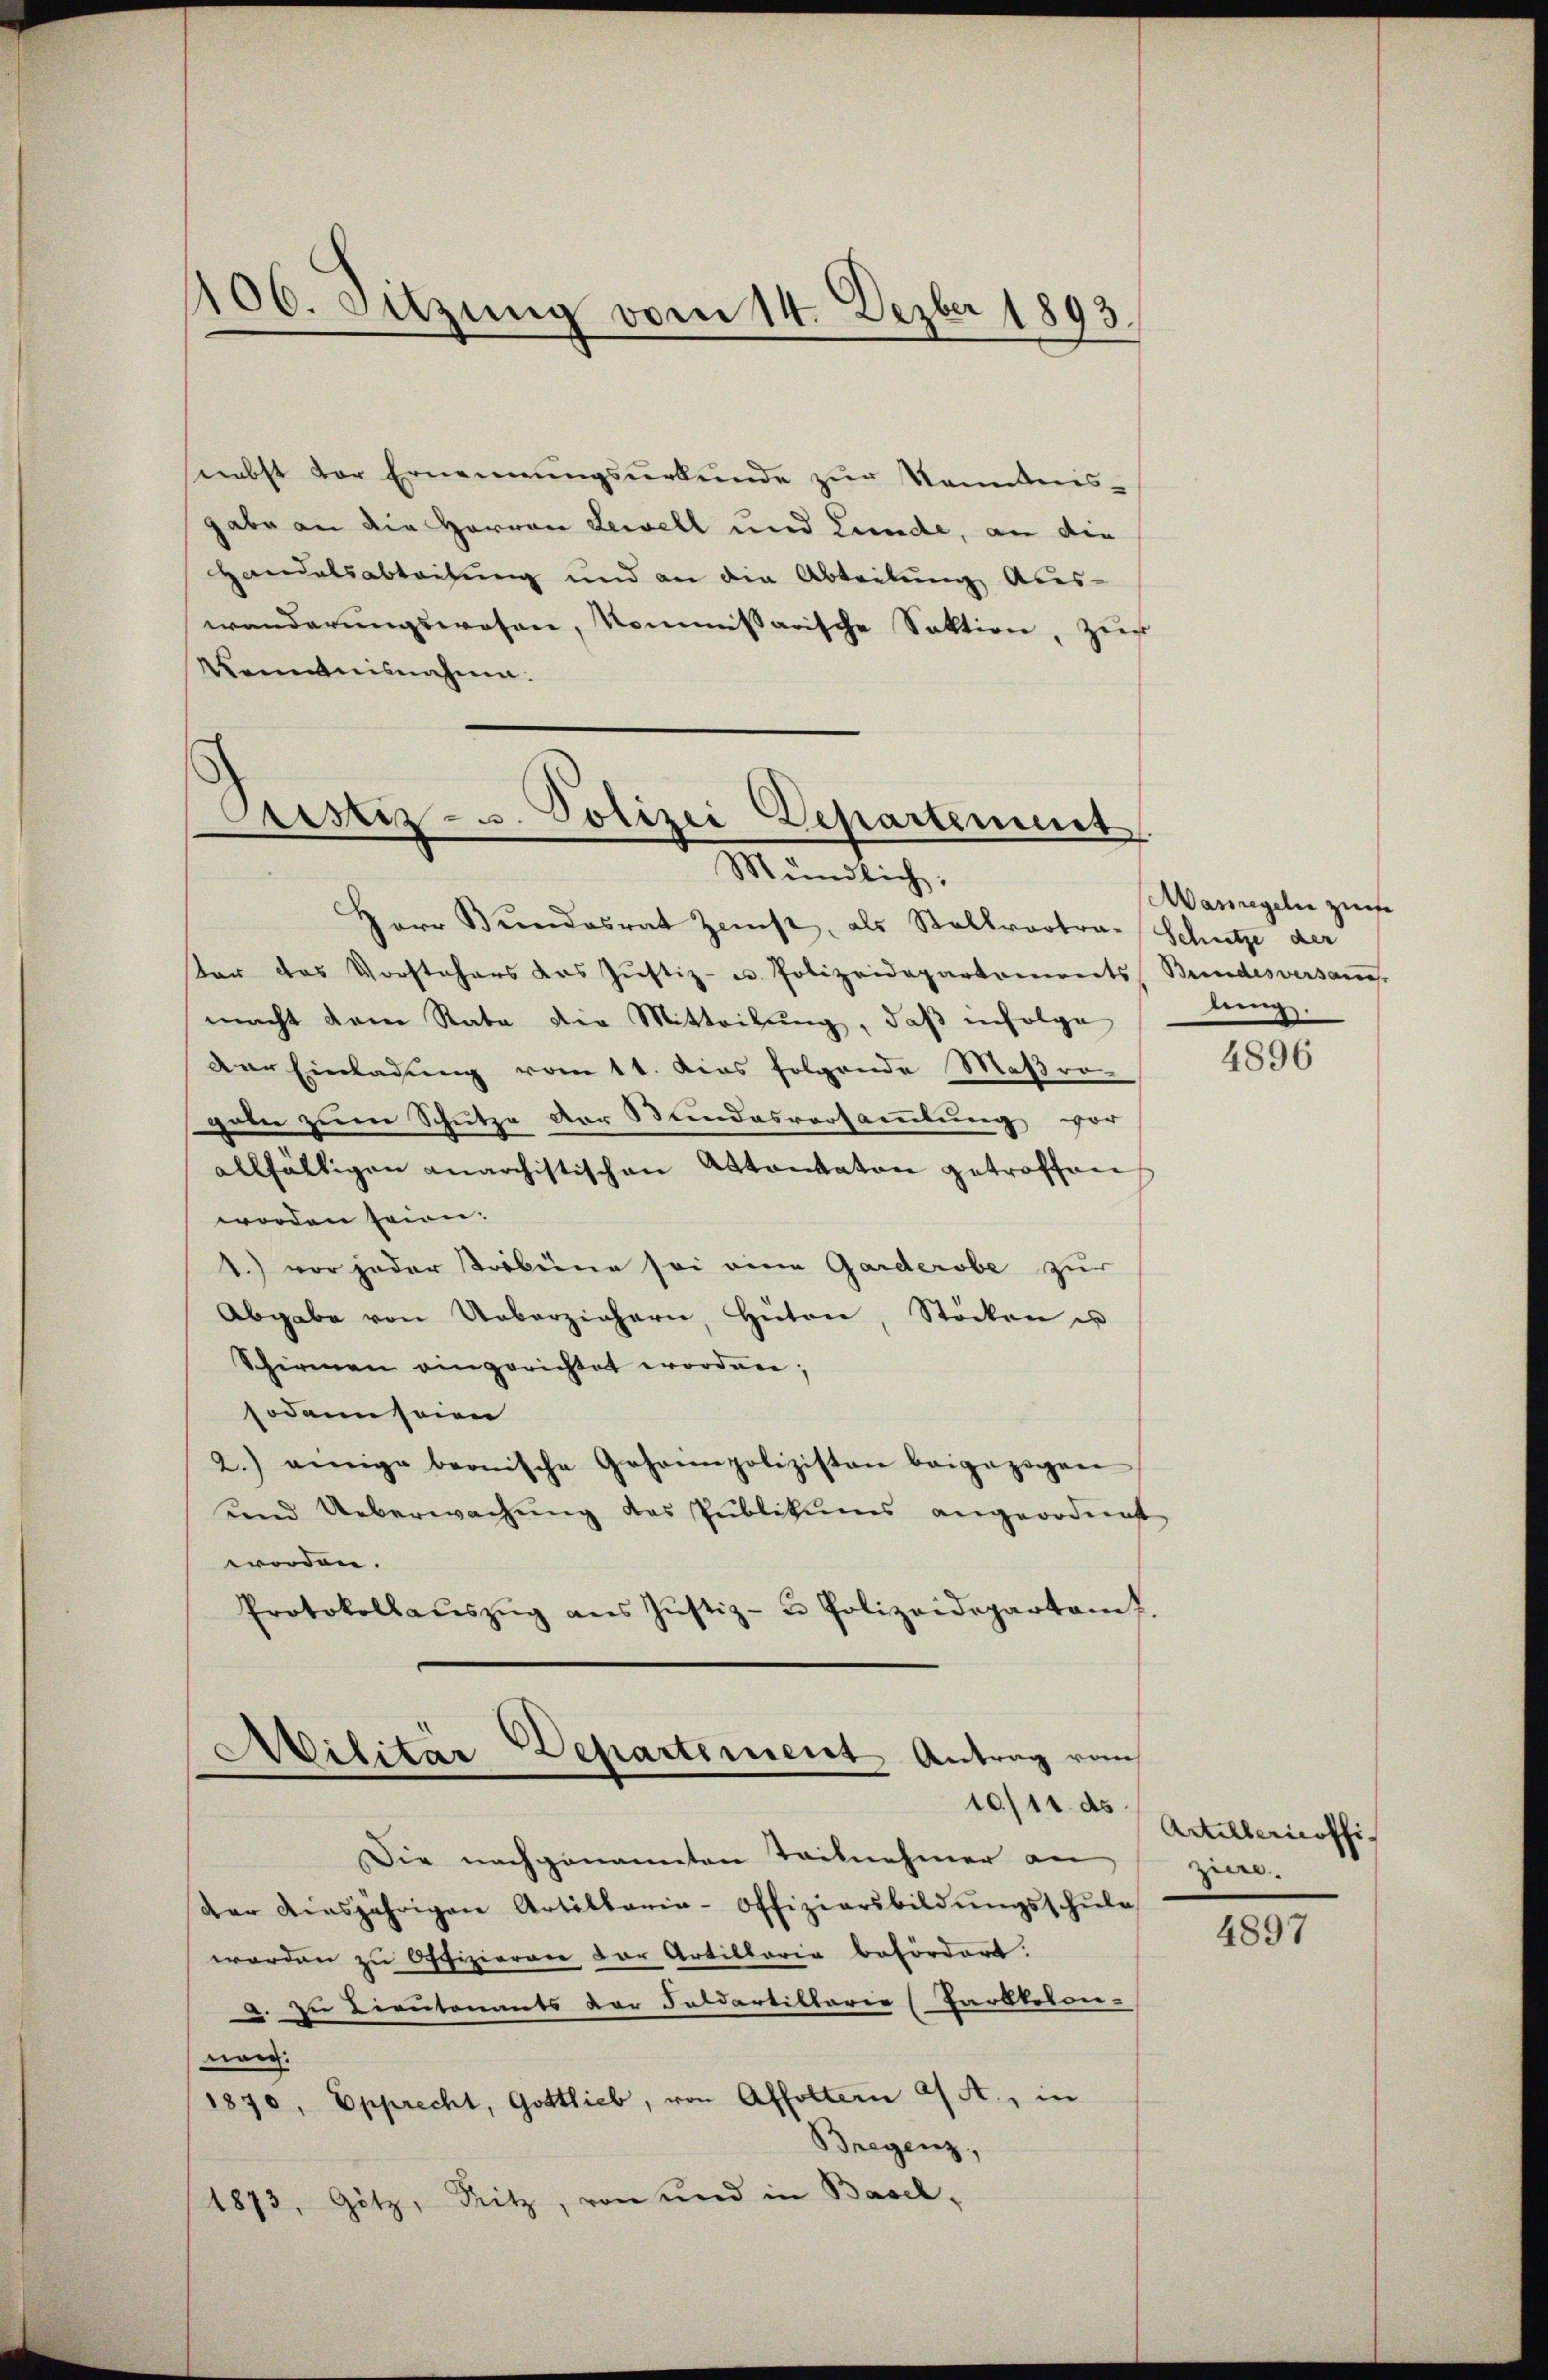
406. Sitzung vom 14. Dezbr 1893.

snebst der Ernennungsurkunde zur Kenntnis-
gabe an die Herren Lewell und Lande, an die
Handelsabtretung und an die Abteilung Aus-
wanderŭngswesen, kommissarische Sektion, zur
Kenntnisnahme.

Custiz- u. Polizei Departement
Mündlich:

Herr Bundesrat Zust, als Stallvertra-Schütze der
ter das Vorstehers das Justiz- u. Polizeidepartements Bundesversam
macht dem Rata die Mitteilung, daß infolge
Der Einladung vom 11. dies folgende Maßro-
geln zum Schutze der Bundesversammlung vor
allfälligen anarchistischen Attantaton getroffen
worden seien:
1.) vor jeder Tröbeine sei eine Garderobe zur
Abgabe von Ueberziehern, Hüten, Stöcken u
Schirmen eingerichtet worden;
sodann seien
2.) einige beonische Geheimpolizisten beigezogene
und Ueberwachung des Publikums angeordnent
worden.
Protokollaŭszŭg ans Justiz- u Polizeidepartam

Militar Departement Antrag vom
10/11. ds.

Die nachgenannten Teilnehmer an
dar diesjährigen Artillarie-Offiziarsbildŭngsschŭle
worden zu Offizieren der Artillaria befördert.
a. zu Lieutenants der Feldartillarie (Parkteton-
wog:
1870, Epprecht, Gottlieb, von Affoltern a/A., in
Bregenz,
1873, Götz, Fritz, von und in Basel-

Aasegeln zur
lung

4896

Artillernoffizin.

4897